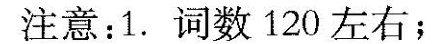
注意：1.词数120左右；